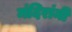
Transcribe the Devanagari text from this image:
मंदिरांनी